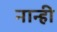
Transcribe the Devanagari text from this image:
नान्ही